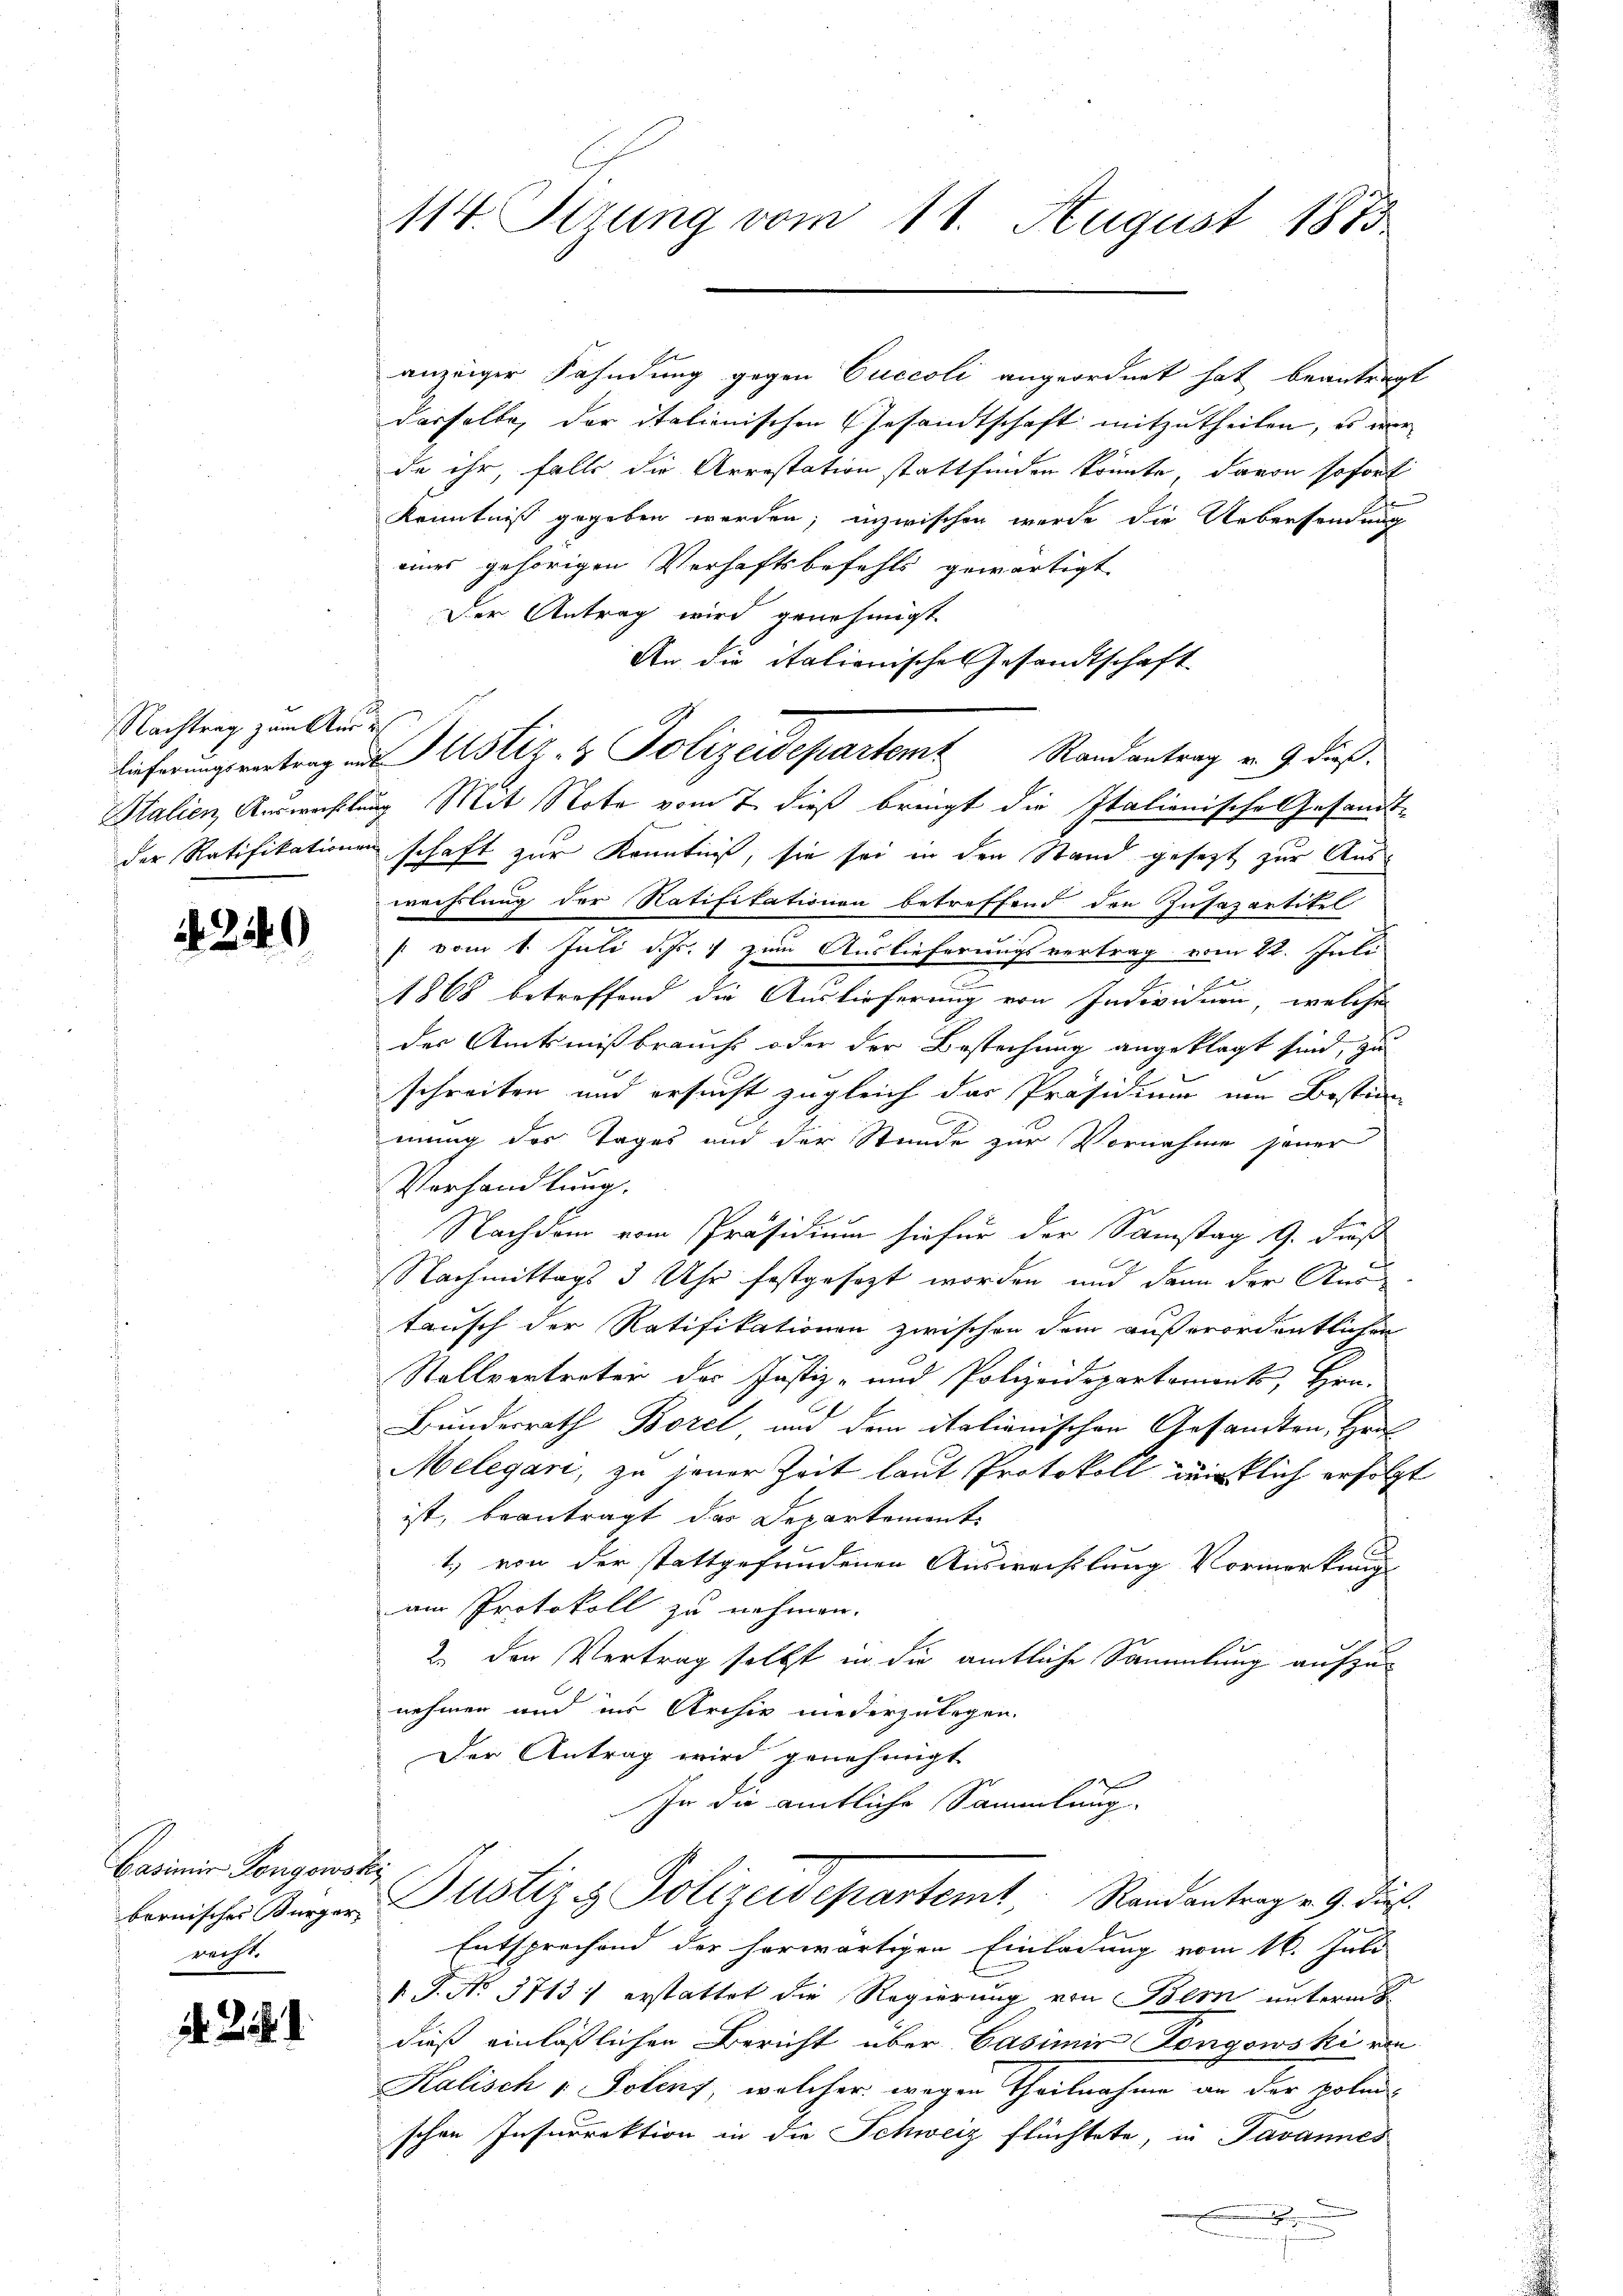
Nachtrag zum Aus d

. 2140

Casimir Kongowski
bernisches Bürger,
recht.

. . .

114. Sitzung vom 11. August 1875

anzeiger Fahndung gegen Cuccoli angeordnet hat beantragt
dasselbe, der italionischen Gesandtschaft mitzutheilen, es nur
de ihr, falls die Arrestation stattfinden könnte, davon sofort
Kenntniß gegeben worden; inzwischen wurde die Uebersendung
eines gehörigen Verhaftsbefehls gewärtigt
Der Antrag wird genehmigt.
An die italionische Gesandtschaft
Stalien Auswahlung Mit Note vom 7. dieß bringt die Italienische Gesandtder Ratifikationenschaft zur Kenntniß, sie sei in den Stand gesezt zur Auswechslung der Ratifikationen betreffend den Zusazartikel
s vom 1. Juli d. Js. zum Auslieferungsvertrag vom 22. Juli
1868 betreffend die Auslieferung von Individuen, welche
der Amtsmißbrauchs oder der Bestechung angeklagt sind, zu
schreiben und ersucht zugleich das Präsidium im Bestim-
mung der Tages und der Stunde zur Vornahme jener
Vorhandlung.
Nachdem vom Präsidium hiefür der Samstag 9. Fuß
Nachmittags 3 Uhr festgesezt worden und dann der Austausch der Ratifikationen zwischen dem außerordentlichen
Stallvertreter des Justiz- und Polizeidepartaments, Hrn.
Bunderrath Borel, und dem Salienischen Gesandten, Haus
Melegari, zu jener Zeit laut Protokoll wirklich erfolgt
ist, beantragt das Departement
1.) von der stattgefundenen Auswechslung Vormerkung
am Protokoll zu nehmen.
2. den Vertrag selbst in die amtliche Sammlung aufzunehmen und ins Archiv niederzulegen.
Der Antrag wird genehmigt
In die amtliche Sammlung
Justiz & Polizeidepartemt, Randantragen 9. dieß.
Entsprechend der herwärtigen Einladung vom 16. Juli
V. P. No 3713) erstattet die Regierung von Bern unterm
dieß einläßlichen Bericht über Casimir Dongowski von
Kalisch - Polenz, welcher wegen Theilnahme an der poli-
schen Infurrektion in die Schweiz flüchtete, in Javannes
.

Liecherungsantrag und Justiz- & Polizeidepartemt Randantrag v. 9. dieß